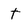
Character: t